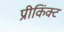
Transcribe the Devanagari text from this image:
प्रीकिंक्ट